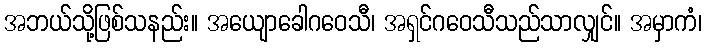
အဘယ်သို့ဖြစ်သနည်း။ အယျောခေါဂဝေသီ၊ အရှင်ဂဝေသီသည်သာလျှင်။ အမှာကံ၊